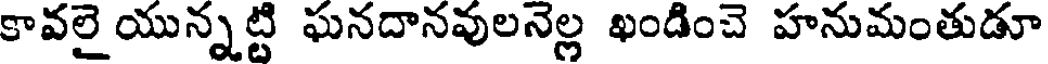
కావలై యున్నట్టి ఘనదానవులనెల్ల ఖండించె హనుమంతుడూ